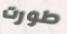
طورت